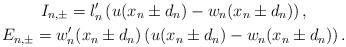
LaTeX: \begin{gather*}I_{n, \pm} = l_n'\left(u (x_n \pm d_n)- w_n(x_n \pm d_n)\right),\\E_{n, \pm} = w_n' (x_n \pm d_n) \left( u(x_n \pm d_n) - w_n(x_n \pm d_n)\right).\end{gather*}